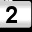
Digit: 2